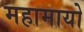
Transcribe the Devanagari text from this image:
महामायो